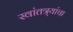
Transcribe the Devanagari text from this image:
स्वांतत्र्यांचा